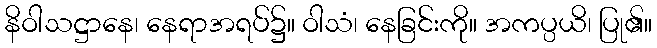
နိဝါသဋ္ဌာနေ၊ နေရာအရပ်၌။ ဝါသံ၊ နေခြင်းကို။ အကပ္ပယိ၊ ပြု၏။